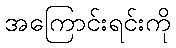
အကြောင်းရင်းကို